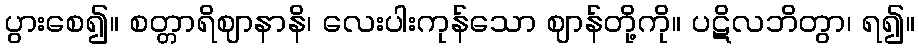
ပွားစေ၍။ စတ္တာရိဈာနာနိ၊ လေးပါးကုန်သော ဈာန်တို့ကို။ ပဋိလဘိတွာ၊ ရ၍။